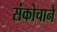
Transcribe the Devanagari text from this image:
संकोचाने